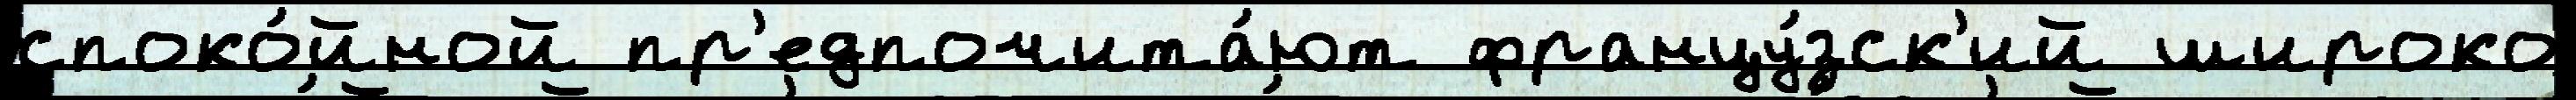
споко́йной пр'едпочита́ют францу́зск'ий широко